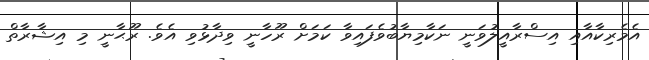
އެމެރިކާއާއި އިސްރާއީލުވަނީ ނަކާމިޔާބުވެފައިވާ ކަމަށް ރޫހާނީ ވިދާޅުވި އެވެ. ރޫޙާނީ މި އިޝާރާތް